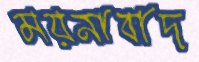
ময়নাবাদ